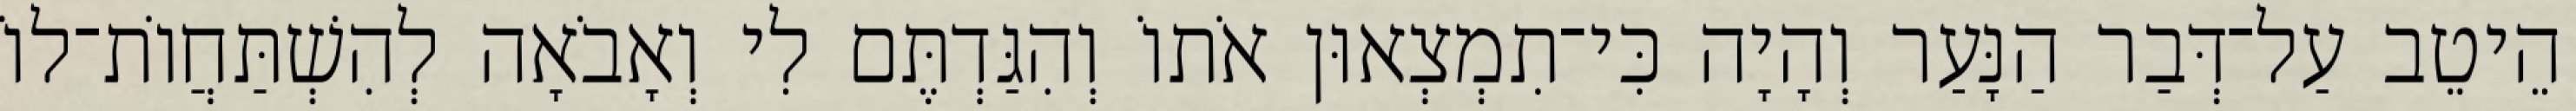
הֵיטֵב עַל־דְּבַר הַנָּעַר וְהָיָה כִּי־תִמְצְאוּן אֹתוֹ וְהִגַּדְתֶּם לִי וְאָבֹאָה לְהִשְׁתַּחֲוֹת־לוֹ